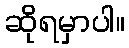
ဆိုရမှာပါ။